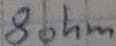
Text: 8ohm